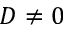
D \neq 0